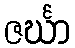
ဇင်္ဃာ